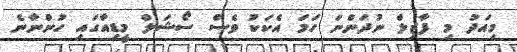
މިއަދު މި ފާޒިލް ނުދަންނަ ހަމަ އެކަކު ވެސް ސޯޝަލް މީޑިއާގައި ހުންނާނެ